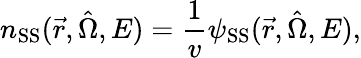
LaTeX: n_{\mathrm{SS}}(\vec{r},\hat{\Omega},E)=\frac{1}{v}\psi_{\mathrm{SS}}(\vec{r},\hat{\Omega},E),